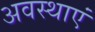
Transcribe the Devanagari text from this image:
अवस्‍थाएं